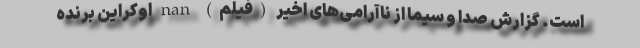
است. گزارش صدا و سیما از ناآرامی‌های اخیر (فیلم) nan اوکراین برنده